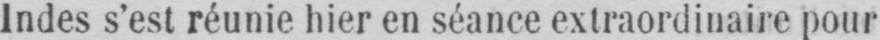
Indes s’est réunie hier en séance extraordinaire pour